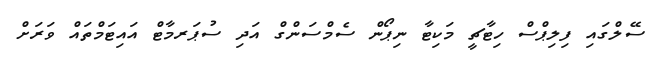
ސޭލްގައި ފިލިޕްސް ހިޓާޗީ މަކިޓާ ނިޕޯން ސެމްސަންގް އަދި ސުޕަރމާޓް އައިޓަމްތައް ވަރަށް